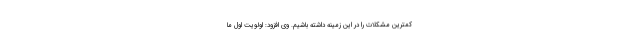
کمترین مشکلات را در این زمینه داشته باشیم. وی افزود: اولویت اول ما